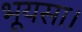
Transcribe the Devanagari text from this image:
भूयसा।